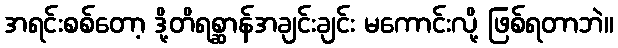
အရင်းစစ်တော့ ဒို့တိရစ္ဆာန်အချင်းချင်း မကောင်းလို့ ဖြစ်ရတာဘဲ။